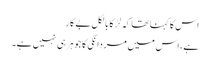
اس کا کہنا تھا کہ لڑکا بالکل بے کار
ہے، اس میں مردانگی کا جوہر ہی نہیں ہے۔